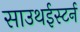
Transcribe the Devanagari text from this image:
साउथईस्टर्न